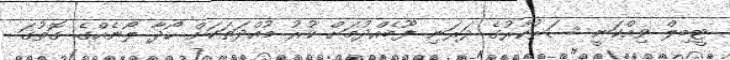
ޓީބިލް ވިއްކަނީ ސަރުކާރުގެ ދަރަނި ފޫބެއްދުމަށް ކުރު މުއްދަތަކަށް ހޯދާ ލޯނެއްގެ ގޮތުގަ